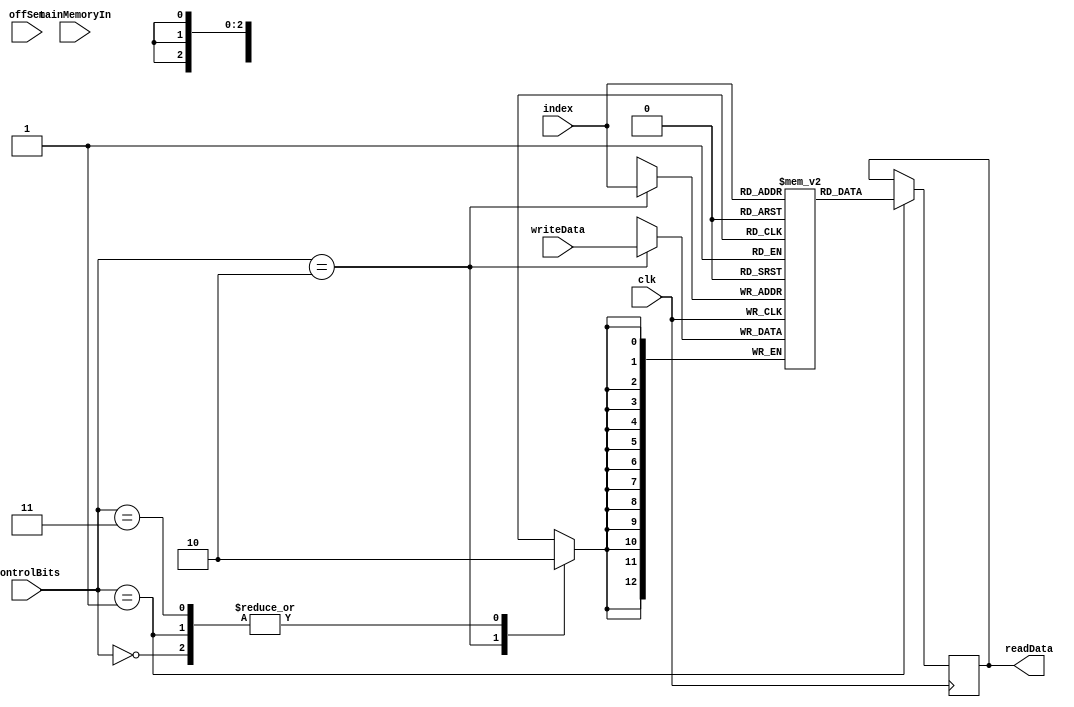
module Cache_Memory(
	input clk,
	input [2:0] index,
	input [1:0] offSet, controlBits,
	input [12:0] writeData,
	input [38:0] mainMemoryIn,
	output reg [12:0] readData);

	integer i = 0;
	reg [12:0] Data [0:7];//8x13 bits of cache storage space

	initial
	begin
		for(i=0; i<8; i=i+1)
		begin
			Data[i] = 0;//Initialize memory
		end		
	end


	always @(negedge clk)
	begin
		case(controlBits)
			2'b00://IDLE
				$display("Cache Memory is Idling");
			2'b01://READ
				begin
					readData <= Data[index];
				end
			2'b10://WRITE
				begin
					Data[index] <= writeData;
				end
			2'b11://PULL_FROM_MAIN_MEMORY
				$display("Pulling a block of data from Main Memory");
			default://Handle High impedance and unknowns
				$display("In Default for Cache Memory\n");
		endcase
	end
	

endmodule